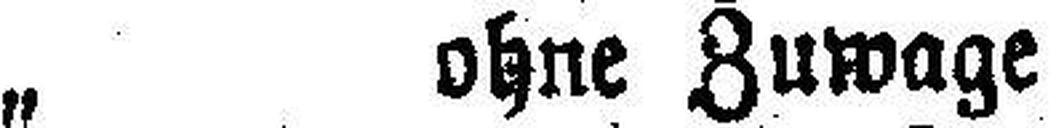
„ ohne Zuwage